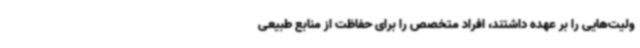
ولیت‌هایی را بر عهده داشتند، افراد متخصص را برای حفاظت از منابع طبیعی